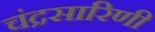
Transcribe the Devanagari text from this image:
चंद्रसारिणी